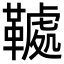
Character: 𩌲